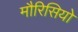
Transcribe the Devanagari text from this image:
मौरिसियो